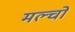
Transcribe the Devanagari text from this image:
मल्चो